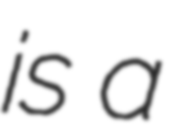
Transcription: is a